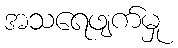
အသရေဖျက်မှု